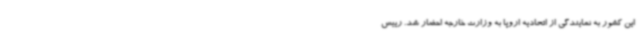
این کشور به نمایندگی از اتحادیه اروپا به وزارت خارجه احضار شد. رییس